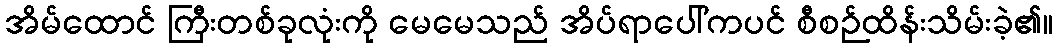
အိမ်ထောင် ကြီးတစ်ခုလုံးကို မေမေသည် အိပ်ရာပေါ်ကပင် စီစဉ်ထိန်းသိမ်းခဲ့၏။